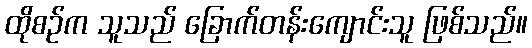
ထိုစဉ်က သူသည် ခြောက်တန်းကျောင်းသူ ဖြစ်သည်။